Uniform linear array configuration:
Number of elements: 24
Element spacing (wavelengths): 0.5
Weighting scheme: uniform
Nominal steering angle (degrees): -45
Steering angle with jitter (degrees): -46.755
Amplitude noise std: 0.05
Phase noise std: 0.05

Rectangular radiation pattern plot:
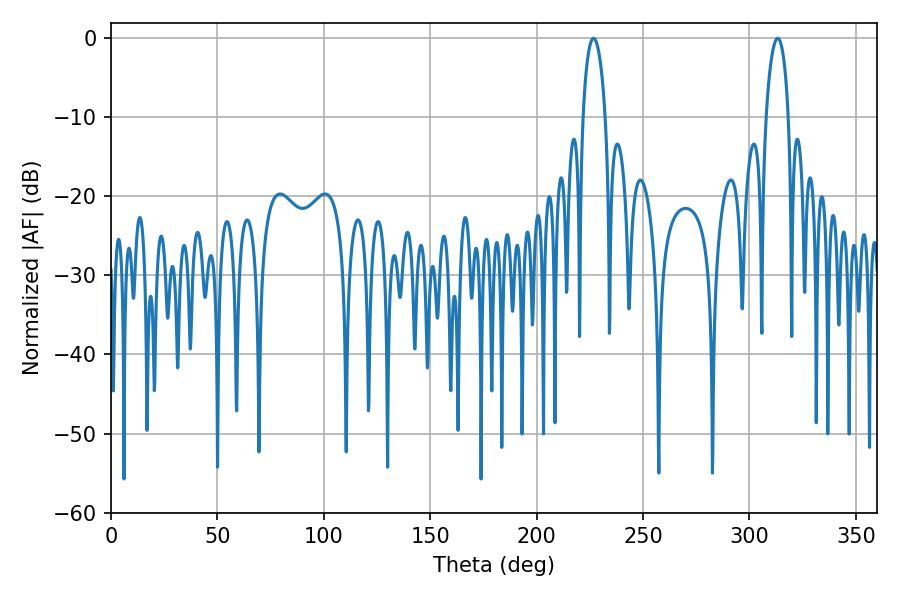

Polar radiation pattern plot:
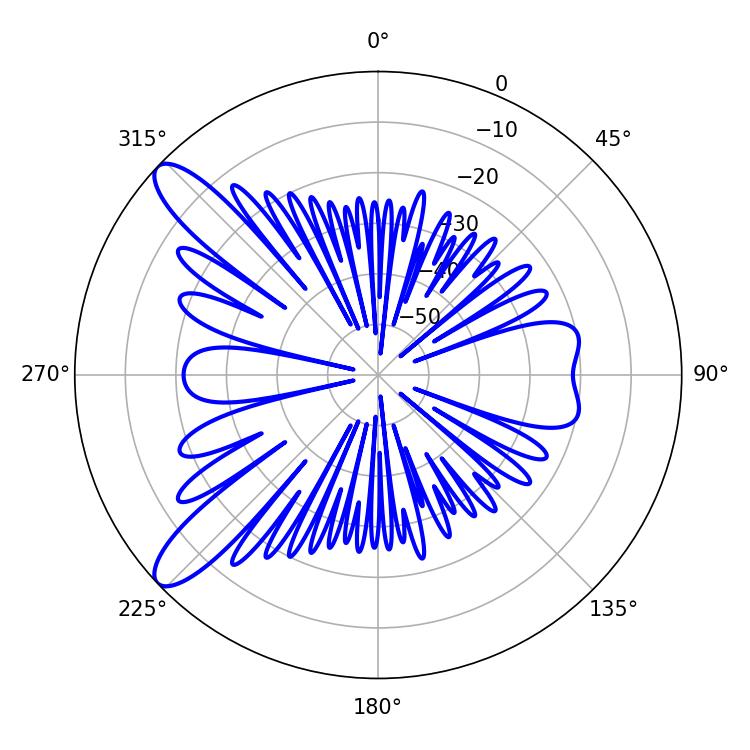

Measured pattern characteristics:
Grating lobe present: FALSE
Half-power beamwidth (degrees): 6.12
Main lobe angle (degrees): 226.8